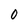
Character: 0